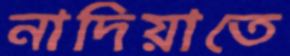
নাদিয়াতে